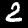
Label: 2